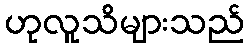
ဟုလူသိများသည်